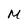
Character: M